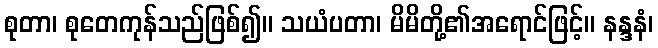
စုတာ၊ စုတေကုန်သည်ဖြစ်၍။ သယံပတာ၊ မိမိတို့၏အရောင်ဖြင့်။ နန္ဒနံ၊